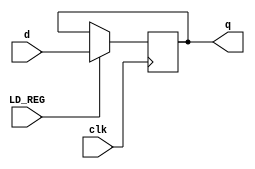
//reg
module REG(
	input [31:0] d,
	input clk, LD_REG,
	output reg [31:0] q
	);
always @ ( posedge clk) begin
	if(LD_REG)begin
		q<= d; //set the output with the input
	end else begin
		q<= q;
	end

end


endmodule